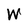
Character: W